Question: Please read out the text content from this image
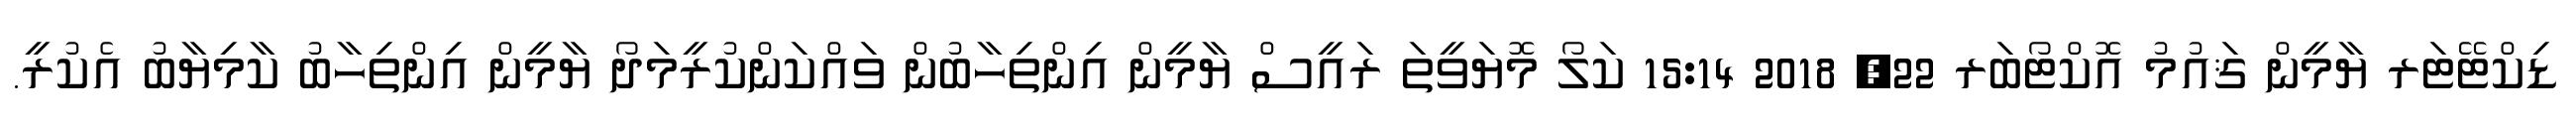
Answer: ޑިކްޓޭޓަރ ޔާމީން ޤައުމު އޮކްޓޯބަރ 22, 2018 15:14 ކަލޯ މޮޔަވީތަ ރައީސް ޔާމީން އިންތިހާބުން ވައްކަންކުރީމަދޯ ޔާމީން އިންތިހާބު ކާމިޔާބު އެކުރީ.